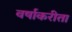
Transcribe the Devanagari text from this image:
वर्षाकरीता